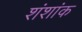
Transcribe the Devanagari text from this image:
शंशांक